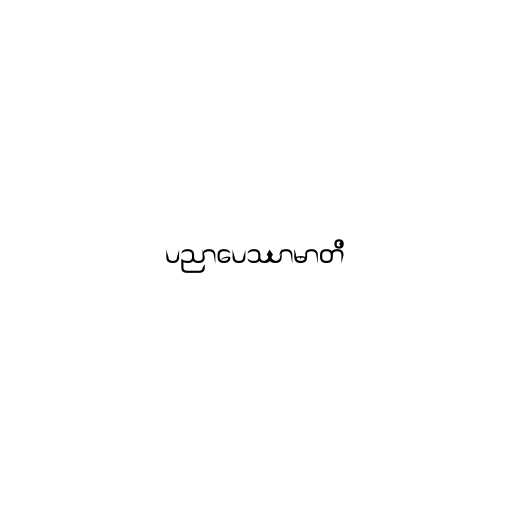
ပညာပေဿာမာတိ